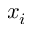
x _ { i }